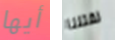
أيها لقتلنا